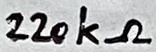
Text: 220kΩ